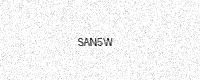
Text: SAN5W